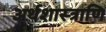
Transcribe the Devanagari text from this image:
अर्थशास्त्राणि